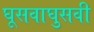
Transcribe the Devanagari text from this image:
घूसवाघुसवी